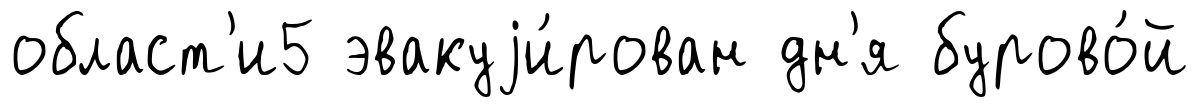
област'и5 эвакуjи́рован дн'я бурово́й